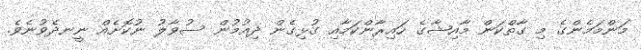
މަންމަމެންގެ މި ގާތްކަން މާއިޝާގެ ހައިރާންކަމާއި ގުޅިގެން ދިއުމުން ސުވާލު ނުކޮށެއް ނީނދެވުނެވެ.